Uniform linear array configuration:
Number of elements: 48
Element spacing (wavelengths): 0.75
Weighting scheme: hamming
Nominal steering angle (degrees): -15
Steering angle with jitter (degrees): -15.636
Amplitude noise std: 0.05
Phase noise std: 0.05

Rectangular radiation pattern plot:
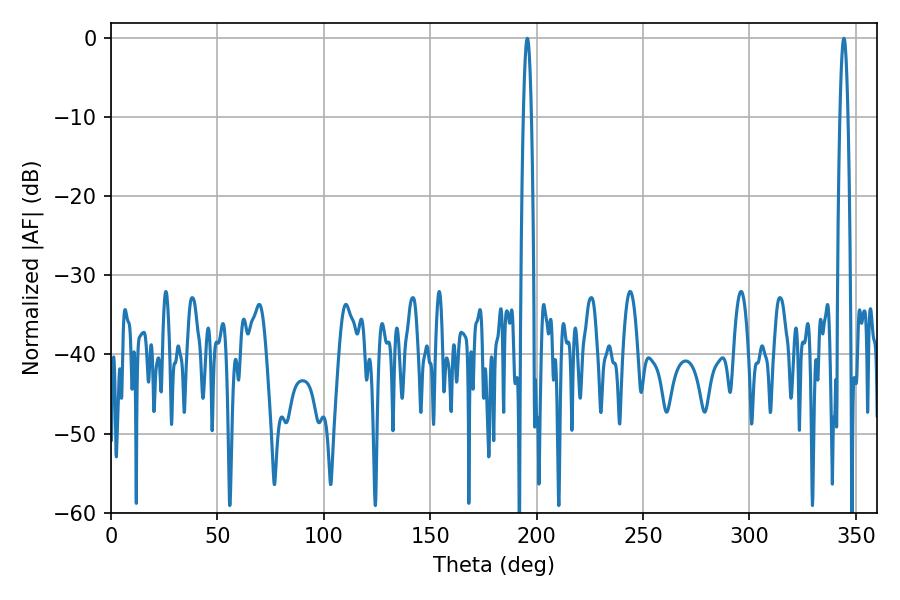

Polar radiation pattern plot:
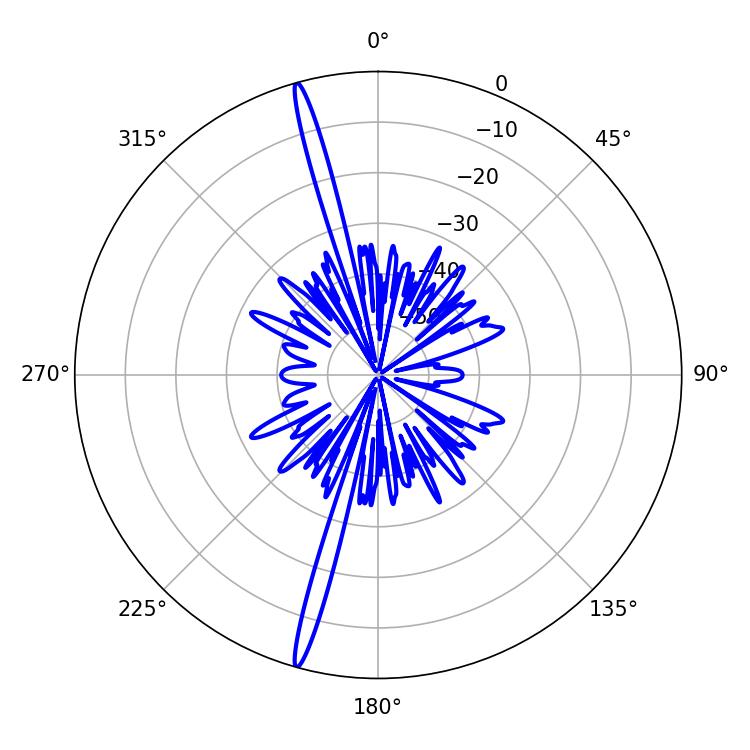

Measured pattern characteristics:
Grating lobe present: TRUE
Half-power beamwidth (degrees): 1.98
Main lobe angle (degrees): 195.66